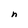
Character: h